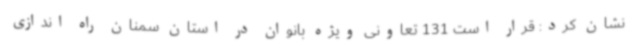
نشان کرد: قرار است 131 تعاونی ویژه بانوان در استان سمنان راه اندازی